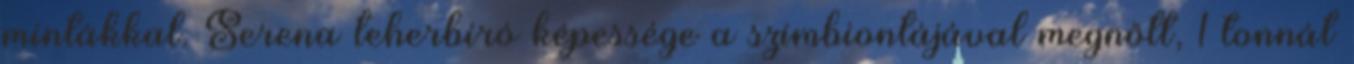
mintákkal. Serena teherbíró képessége a szimbiontájával megnőtt, 1 tonnát